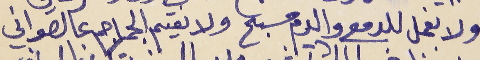
ولا نعمل للدمع والدم مسبح      ولا نقيم الجماجم عالصواني